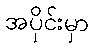
အပိုင်းမှာ